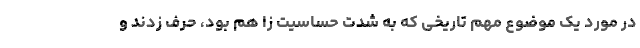
در مورد یک موضوع مهم تاریخی که به شدت حساسیت زا هم بود، حرف زدند و